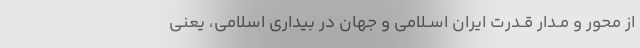
از محور و مـدارِ قـدرتِ ایران اسـلامی و جهان در بیداری اسلامی، یعنی